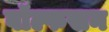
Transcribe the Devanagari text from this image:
वॉल्फसन